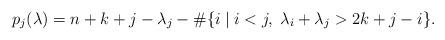
LaTeX: \begin{align*}p_j(\lambda)=n+k+j-\lambda_j -\#\{i\;|\;i<j,\;\lambda_i+\lambda_j>2k+j-i\}.\end{align*}